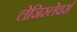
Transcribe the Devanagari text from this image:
लेजिस्लेचर्स